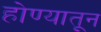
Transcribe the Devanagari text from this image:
होण्यातून